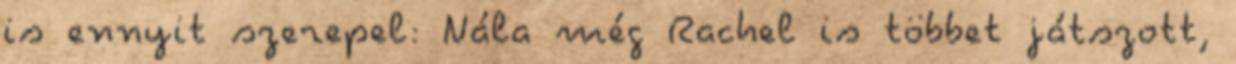
is ennyit szerepel: Nála még Rachel is többet játszott,